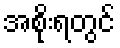
အစိုးရတွင်